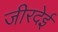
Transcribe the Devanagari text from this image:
जीरदेई